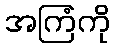
အကြံကို